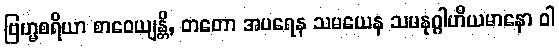
ဗြဟ္မစရိယာ စာဝေယျန္တိ, တတော အပရေန သမယေန သမနုဂ္ဂါဟီယမာနော ဝါ